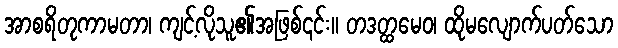
အာစရိတုကာမတာ၊ ကျင့်လိုသူ၏အဖြစ်၎င်း။ တဒတ္ထမေဝ၊ ထိုမလျောက်ပတ်သော